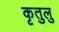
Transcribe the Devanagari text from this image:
कृतुलु